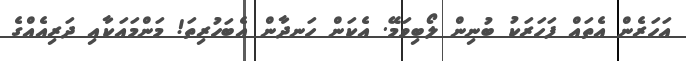
އަހަރެން އެތައް ފަހަރަކު ބުނިން ލޯބިވަމޭ. އެކަން ހަނދާން އެބަހުރިތަ! މަންމައަކާއި ދަރިއެއްގެ